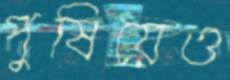
পুষিয়েও